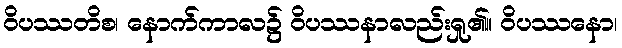
ဝိပဿတိစ၊ နောက်ကာလ၌ ဝိပဿနာလည်းရှု၏။ ဝိပဿနော၊